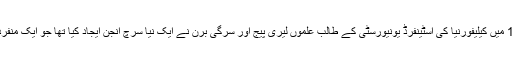
ان کے بقول ستمبر 1997 میں کیلیفورنیا کی اسٹینفرڈ یونیورسٹی کے طالب علموں لیری پیج اور سرگی برن نے ایک نیا سرچ انجن ایجاد کیا تھا جو ایک منفرد طریقے پر کام کرتا تھا۔